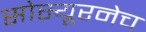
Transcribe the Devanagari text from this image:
सोस्यूरनेच